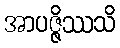
အာပဇ္ဇိဿသိ